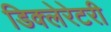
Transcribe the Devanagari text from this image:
डिक्लेरेटरी